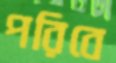
পরিবে